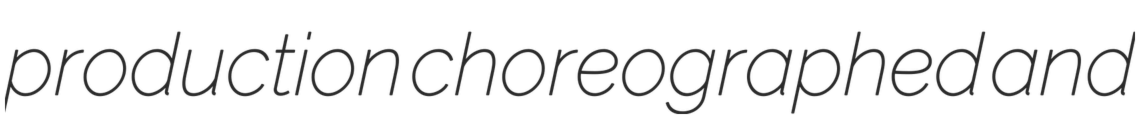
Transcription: production choreographed and